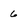
Character: 6